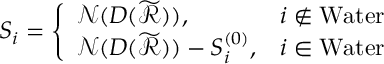
S _ { i } = \left\{ \begin{array} { l l } { \mathcal { N } ( D ( \widetilde { \mathcal { R } } ) ) , } & { i \notin \mathrm { W a t e r } } \\ { \mathcal { N } ( D ( \widetilde { \mathcal { R } } ) ) - S _ { i } ^ { ( 0 ) } , } & { i \in \mathrm { W a t e r } } \end{array} \right.